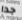
جدا